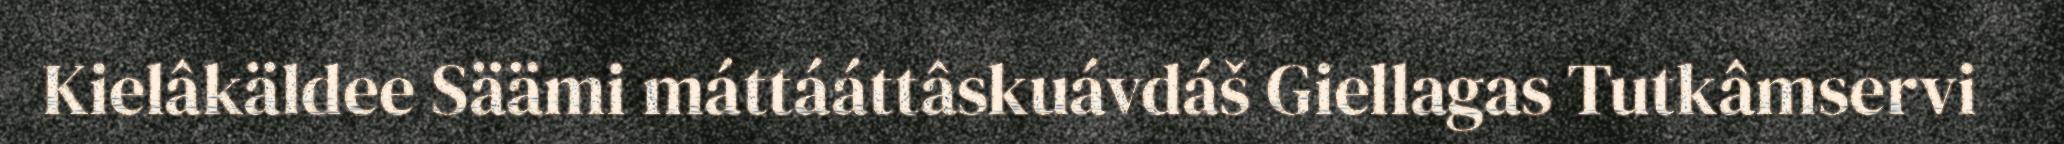
Kielâkäldee Säämi máttááttâskuávdáš Giellagas Tutkâmservi